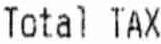
TOTAL TAX